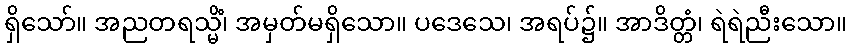
ရှိသော်။ အညတရသ္မိံ၊ အမှတ်မရှိသော။ ပဒေသေ၊ အရပ်၌။ အာဒိတ္တံ၊ ရဲရဲညီးသော။